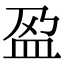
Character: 𫞰